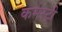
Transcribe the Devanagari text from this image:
कमेस्ट्री